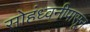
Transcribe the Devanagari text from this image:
सोहंध्वनीपासून